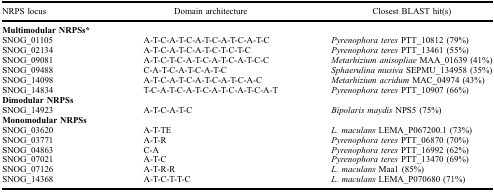
| NRPS locus | Domain architecture | Closest BLAST hit(s) |
 | --- | --- | --- |
 | Multimodular NRPSs* |  |  |
 | SNOG_01105 | A-T-C-A-T-C-A-T-C-A-T-C-A-T-C | Pyrenophora teres PTT_10812 (79%) |
 | SNOG_02134 | A-T-C-A-T-C-A-T-C-T-C-T-C | Pyrenophora teres PTT_13461 (55%) |
 | SNOG_09081 | A-T-C-T-C-A-T-C-A-T-C-A-T-C-C | Metarhizium anisopliae MAA_01639 (41%) |
 | SNOG_09488 | C-A-T-C-A-T-C-A-T-C | Sphaerulina musiva SEPMU_134958 (35%) |
 | SNOG_14098 | A-T-C-A-T-C-A-T-C-A-T-C-A-C | Metarhizium acridum MAC_04974 (43%) |
 | SNOG_14834 | T-C-A-T-C-A-T-C-A-T-C-A-T-C-A-T | Pyrenophora teres PTT_10907 (66%) |
 | Dimodular NRPSs |  |  |
 | SNOG_14923 | A-T-C-A-T-C | Bipolaris maydis NPS5 (75%) |
 | Monomodular NRPSs |  |  |
 | SNOG_03620 | A-T-TE | L. maculans LEMA_P067200.1 (73%) |
 | SNOG_03771 | A-T-R | Pyrenophora teres PTT_06870 (70%) |
 | SNOG_04863 | C-A | Pyrenophora teres PTT_16992 (62%) |
 | SNOG_07021 | A-T-C | Pyrenophora teres PTT_13470 (69%) |
 | SNOG_07126 | A-T-R-R | L. maculans Maa1 (85%) |
 | SNOG_14368 | A-T-C-T-T-C | L. maculans LEMA_P070680 (71%) |